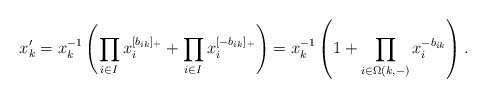
\begin{align*} x_k' = x_k^{-1}\left( \prod_{i\in I} x_i^{[b_{ik}]_+} + \prod_{i\in I} x_i^{[-b_{ik}]_+}\right) = x_k^{-1}\left(1 + \prod_{i\in \Omega(k,-)} x_i^{-b_{ik}} \right).\end{align*}